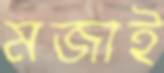
মজাই